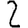
Digit: 2